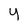
Character: y